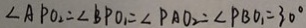
\angle A P O _ { 2 } = \angle B P O _ { 1 } = \angle P A O _ { 2 } = \angle P B O _ { 1 } = 3 0 ^ { \circ }